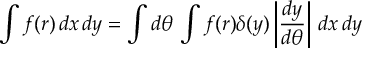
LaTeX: \int f ( r ) \, d x \, d y = \int d \theta \, \int f ( r ) \delta ( y ) \left| { \frac { d y } { d \theta } } \right| \, d x \, d y